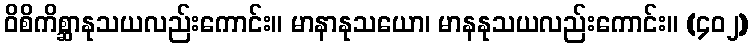
ဝိစိကိစ္ဆာနုသယလည်းကောင်း။ မာနာနုသယော၊ မာနနုသယလည်းကောင်း။ (၄၀၂)